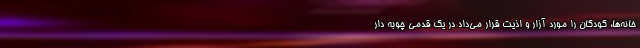
خانه‌ها، کودکان را مورد آزار و اذیت قرار می‌داد در یک قدمی چوبه دار